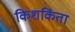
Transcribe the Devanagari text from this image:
किशकिंता